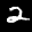
Digit: 2